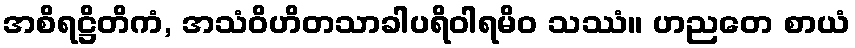
အစိရဋ္ဌိတိကံ, အသံဝိဟိတသာခါပရိဝါရမိဝ သဿံ။ ဟညတေ စာယံ